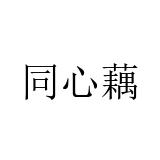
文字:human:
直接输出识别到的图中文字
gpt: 同心藕